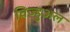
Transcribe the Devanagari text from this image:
विज्हुअल